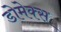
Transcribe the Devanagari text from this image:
डोमेक्स